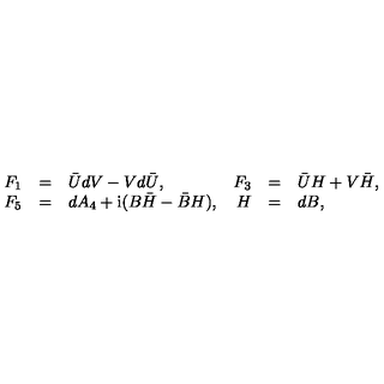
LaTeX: \begin{array} { r c l r c l } { F _ { 1 } } & { = } & { \bar { U } d V - V d \bar { U } , } & { F _ { 3 } } & { = } & { \bar { U } H + V \bar { H } , } \\ { F _ { 5 } } & { = } & { d A _ { 4 } + \mathrm { i } ( B \bar { H } - \bar { B } H ) , } & { H } & { = } & { d B , } \\ \end{array}